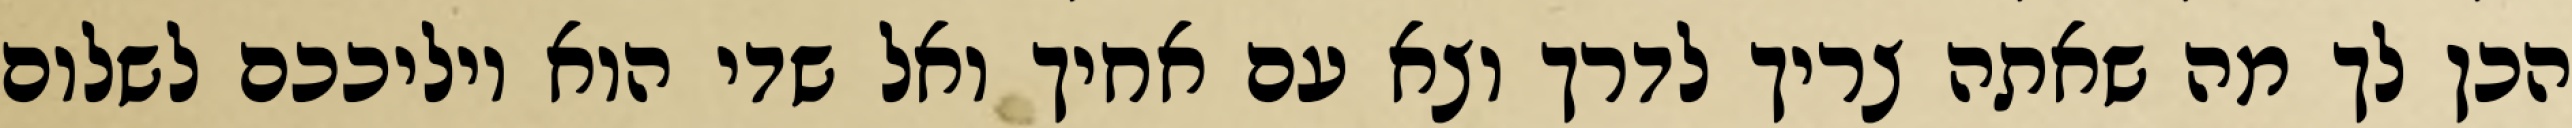
הכן לך מה שאתה צריך לדרך וצא עם אחיך ואל שדי הוא יוליככם לשלום